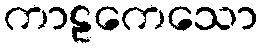
ကာဠကေသော